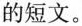
的短文。